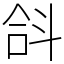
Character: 𣁴